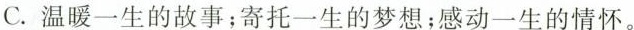
C.温暖一生的故事；寄托一生的梦想；感动一生的情怀。